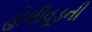
હોલીવૂડની